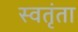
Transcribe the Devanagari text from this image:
स्वतृंता